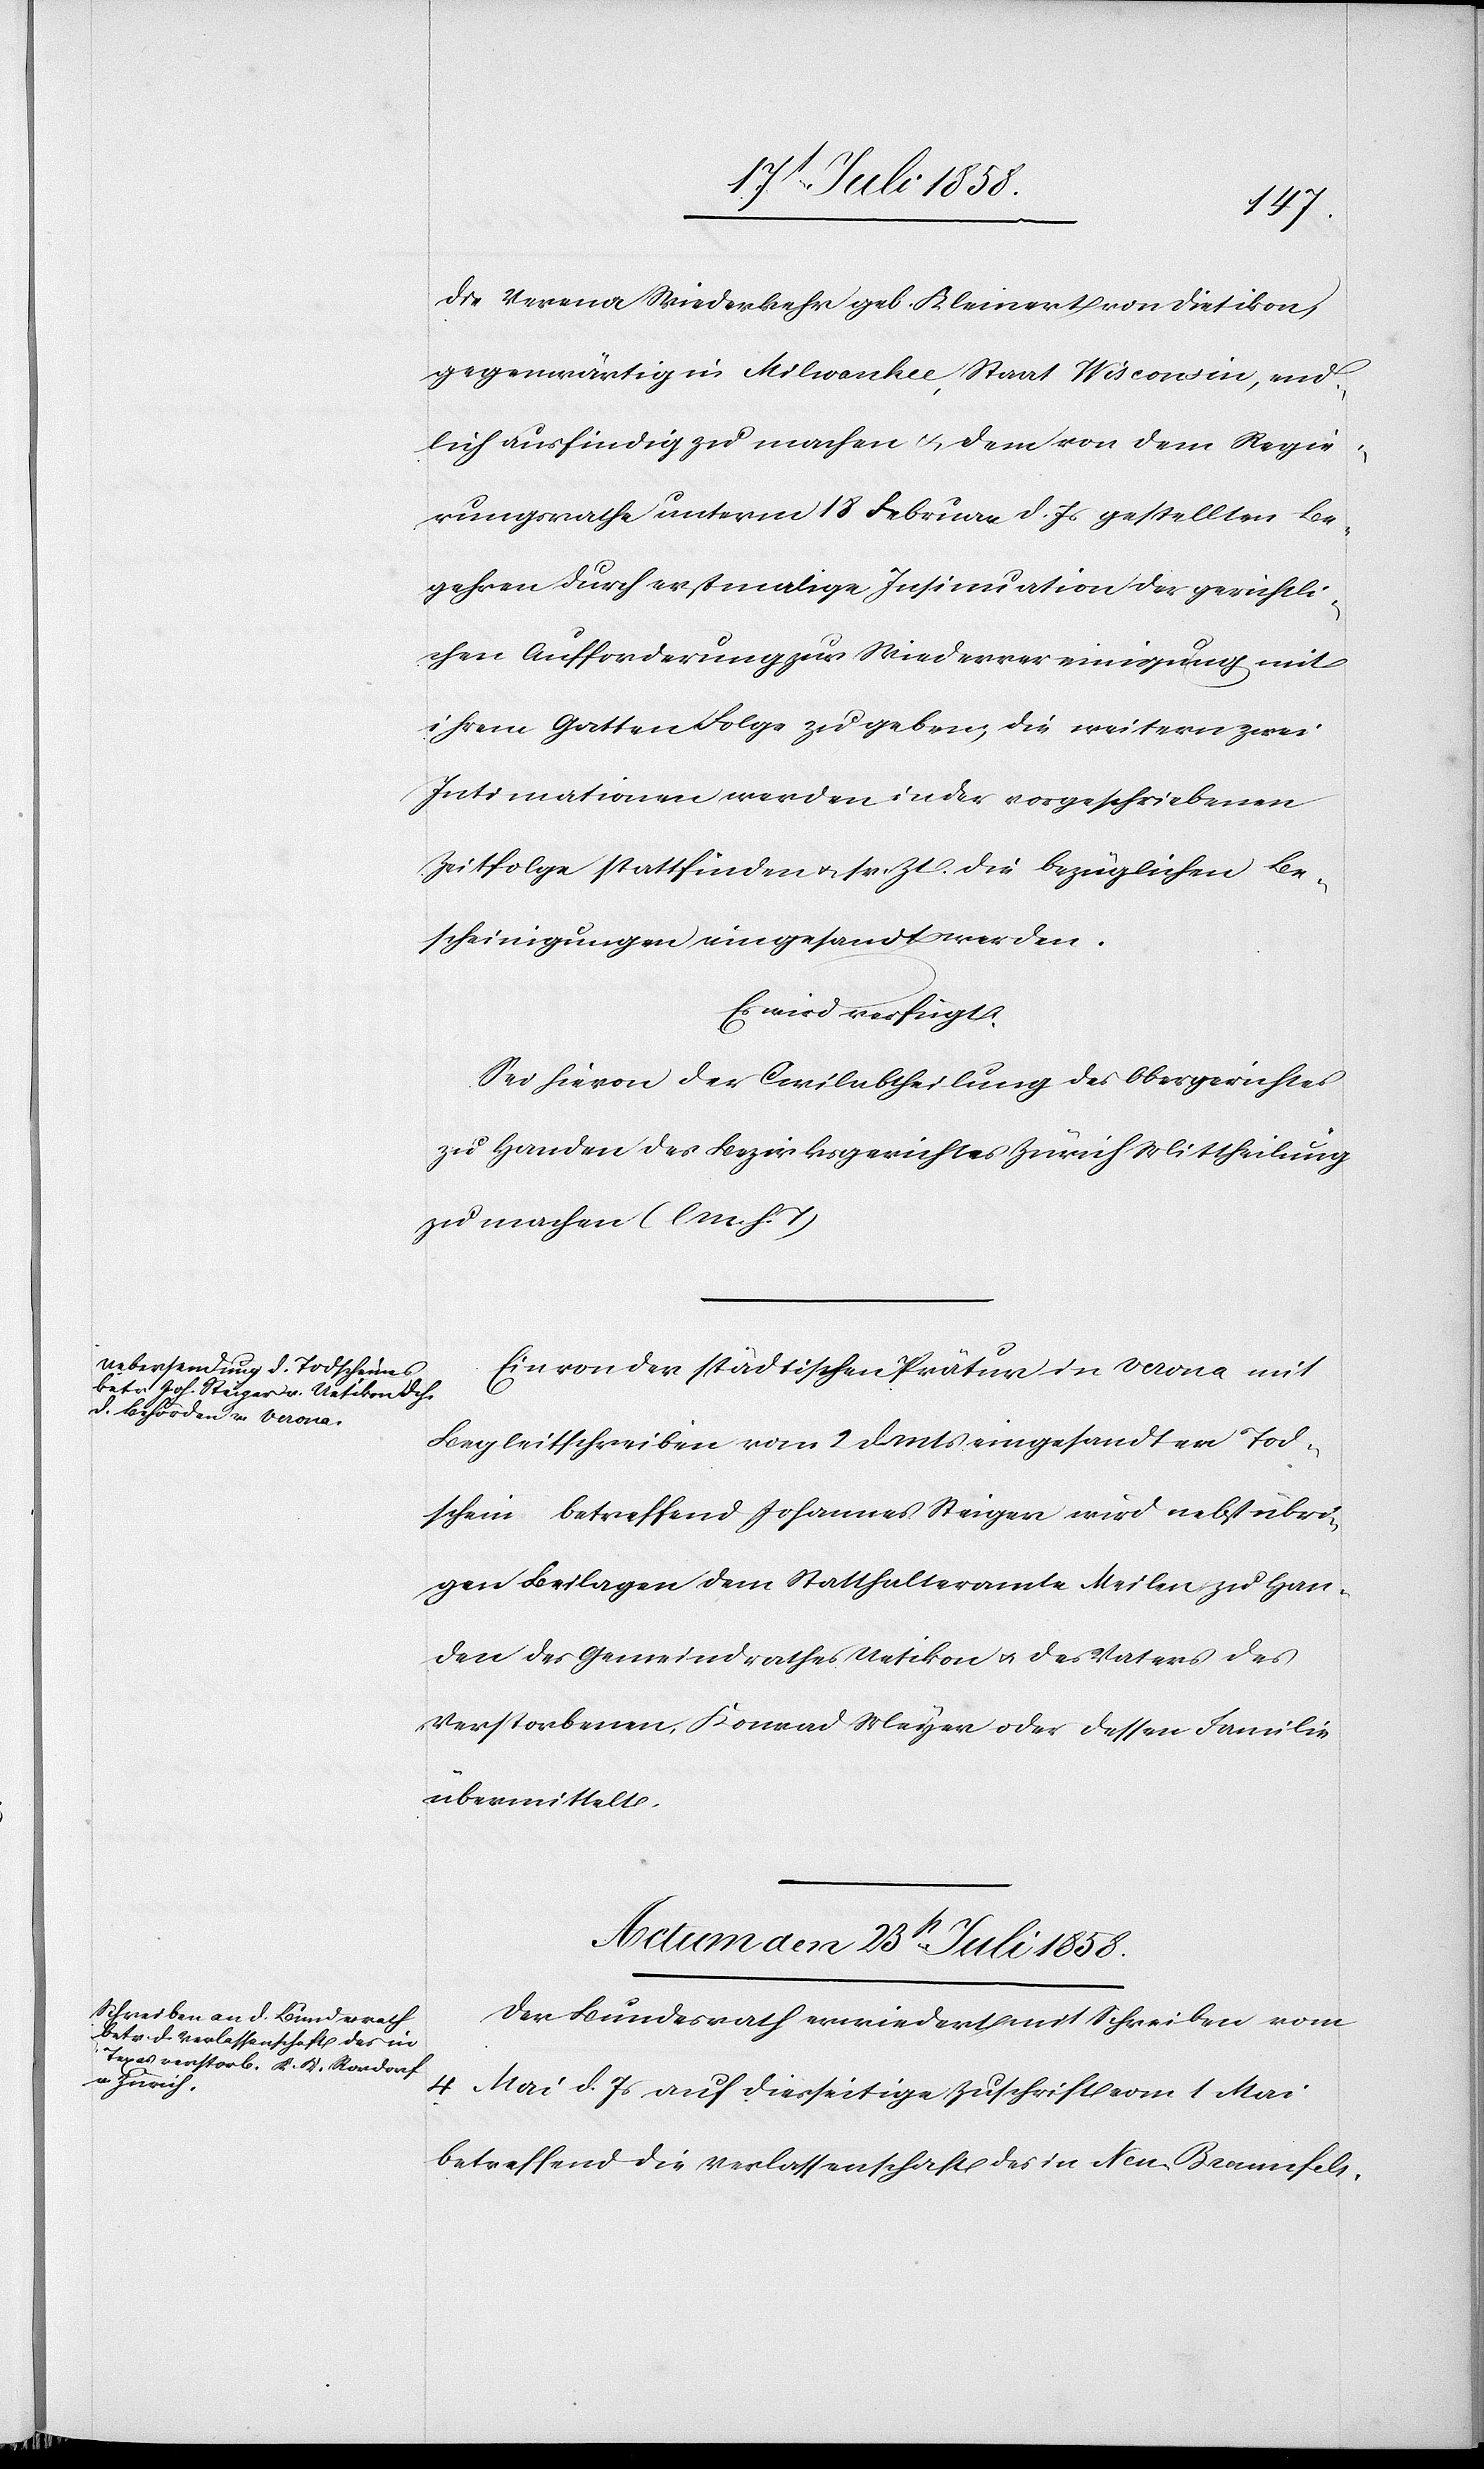
die Verena Wiederkehr geb. Kleinert von Dietikon,
gegenwärtig in Milwaukee, Staat Wisconsin, end¬
lich ausfindig zu machen & dem von dem Regie¬
rungsrathe unterm 18 Februar d. Js gestellten Be¬
gehren durch erstmalige Insinuation der gerichtli¬
chen Aufforderung zur Wiedervereinigung mit
ihrem Gatten Folge zu geben; die weitern zwei
Intimationen werden in der vorgeschriebenen
Zeitfolge stattfinden & sr. Zt. die bezüglichen Be¬
scheinigungen eingesandt werden.
Es wird verfügt:
Sei hievon der Civilabtheilung des Obergerichtes
zu Handen des Bezirksgerichtes Zürich Mittheilung
zu machen (l. M. h. T.)
Ein von der städtischen Prätur in Verona mit
Begleitschreiben vom 2 d. Mts eingesandter Tod¬
schein betreffend Johannes Steiger wird nebst übri¬
gen Beilagen dem Statthalteramte Meilen zu Han¬
den des Gemeindrathes Uetikon & des Vaters des
Verstorbenen, Konrad Meyer oder dessen Familie
übermittelt.
Actum den 23st Juli 1858.
Der Bundesrath erwiedert mit Schreiben vom
4 Mai d. Js auf diesseitige Zuschrift vom 1 Mai
betreffend die Verlassenschaft des in Neu-Braunfels